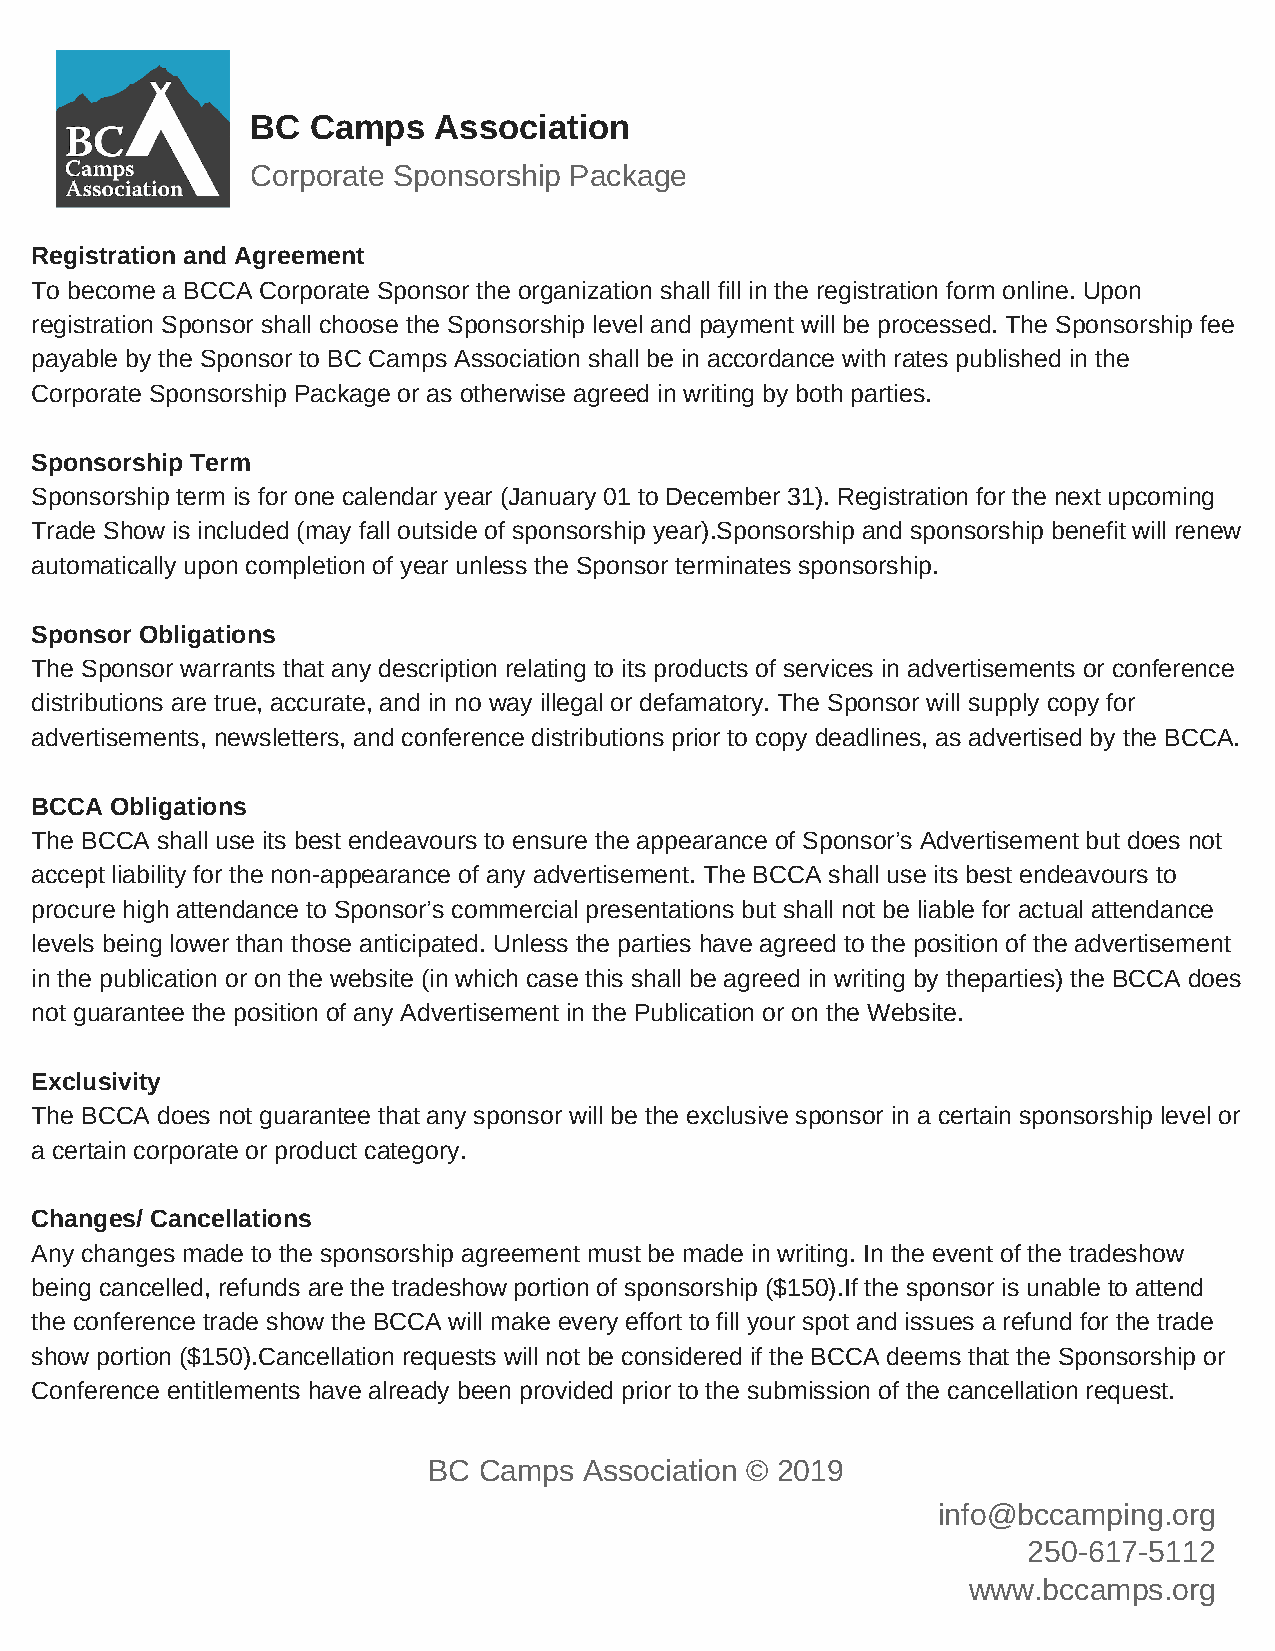
BC Camps    Association
 Corporate Sponsorship Package
 Registration and Agreement
 To become a BCCA Corporate Sponsor the organization shall fill in the registration form online. Upon
 registration Sponsor shall choose the Sponsorship level and payment will be processed. The Sponsorship fee
 payable by the Sponsor to BC Camps Association shall be in accordance with rates published in the
 Corporate Sponsorship Package or as otherwise agreed in writing by both parties.
 Sponsorship Term
 Sponsorship term is for one calendar year (January 01 to December 31). Registration for the next upcoming
 Trade Show is included (may fall outside of sponsorship year).Sponsorship and sponsorship benefit will renew
 automatically upon completion of year unless the Sponsor terminates sponsorship.
 Sponsor Obligations
 The Sponsor warrants that any description relating to its products of services in advertisements or conference
 distributions are true, accurate, and in no way illegal or defamatory. The Sponsor will supply copy for
 advertisements, newsletters, and conference distributions prior to copy deadlines, as advertised by the BCCA.
 BCCA Obligations
 The BCCA shall use its best endeavours to ensure the appearance of Sponsor’s Advertisement but does not
 accept liability for the non-appearance of any advertisement. The BCCA shall use its best endeavours to
 procure high attendance to Sponsor’s commercial presentations but shall not be liable for actual attendance
 levels being lower than those anticipated. Unless the parties have agreed to the position of the advertisement
 in the publication or on the website (in which case this shall be agreed in writing by theparties) the BCCA does
 not guarantee the position of any Advertisement in the Publication or on the Website.
 Exclusivity
 The BCCA does not guarantee that any sponsor will be the exclusive sponsor in a certain sponsorship level or
 a certain corporate or product category.
 Changes/ Cancellations
 Any changes made to the sponsorship agreement must be made in writing. In the event of the tradeshow
 being cancelled, refunds are the tradeshow portion of sponsorship ($150).If the sponsor is unable to attend
 the conference trade show the BCCA will make every effort to fill your spot and issues a refund for the trade
 show portion ($150).Cancellation requests will not be considered if the BCCA deems that the Sponsorship or
 Conference entitlements have already been provided prior to the submission of the cancellation request.
 BC  Camps  Association © 2019
 info@bccamping.org
 250-617-5112
 www.bccamps.org